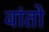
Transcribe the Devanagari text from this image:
वांतो